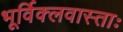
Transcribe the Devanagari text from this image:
भूर्विक्लवास्ताः